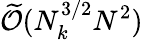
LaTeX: \widetilde{\mathcal{O}}(N_{k}^{3/2}N^{2})